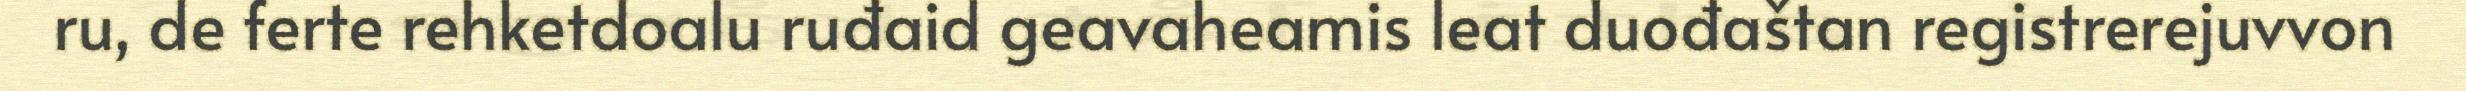
ru, de ferte rehketdoalu ruđaid geavaheamis leat duođaštan registrerejuvvon